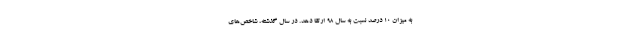
به میزان ۱۰ درصد نسبت به سال ۹۸ ارتقا دهد. در سال گذشته، شاخص‌های